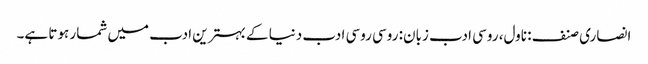
انصاری صنف: ناول، روسی ادب زبان: روسی روسی ادب دنیا کے بہترین ادب میں شمار ہوتا ہے۔